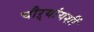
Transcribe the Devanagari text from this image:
चौऱ्यांयशीं